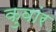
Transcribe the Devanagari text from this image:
कुवांर